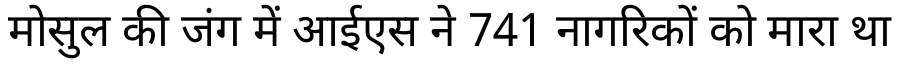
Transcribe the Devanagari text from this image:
मोसुल की जंग में आईएस ने 741 नागरिकों को मारा था